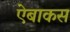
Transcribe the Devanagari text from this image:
ऐबाकस